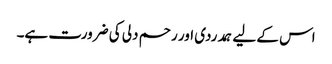
اس کے لیے ہمدردی اور رحم دلی کی ضرورت ہے۔